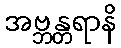
အဗ္ဘန္တရာနိ